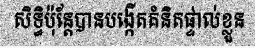
សិទ្ធិប៉ុន្តែបានបង្កើតគំនិតផ្ទាល់ខ្លួន